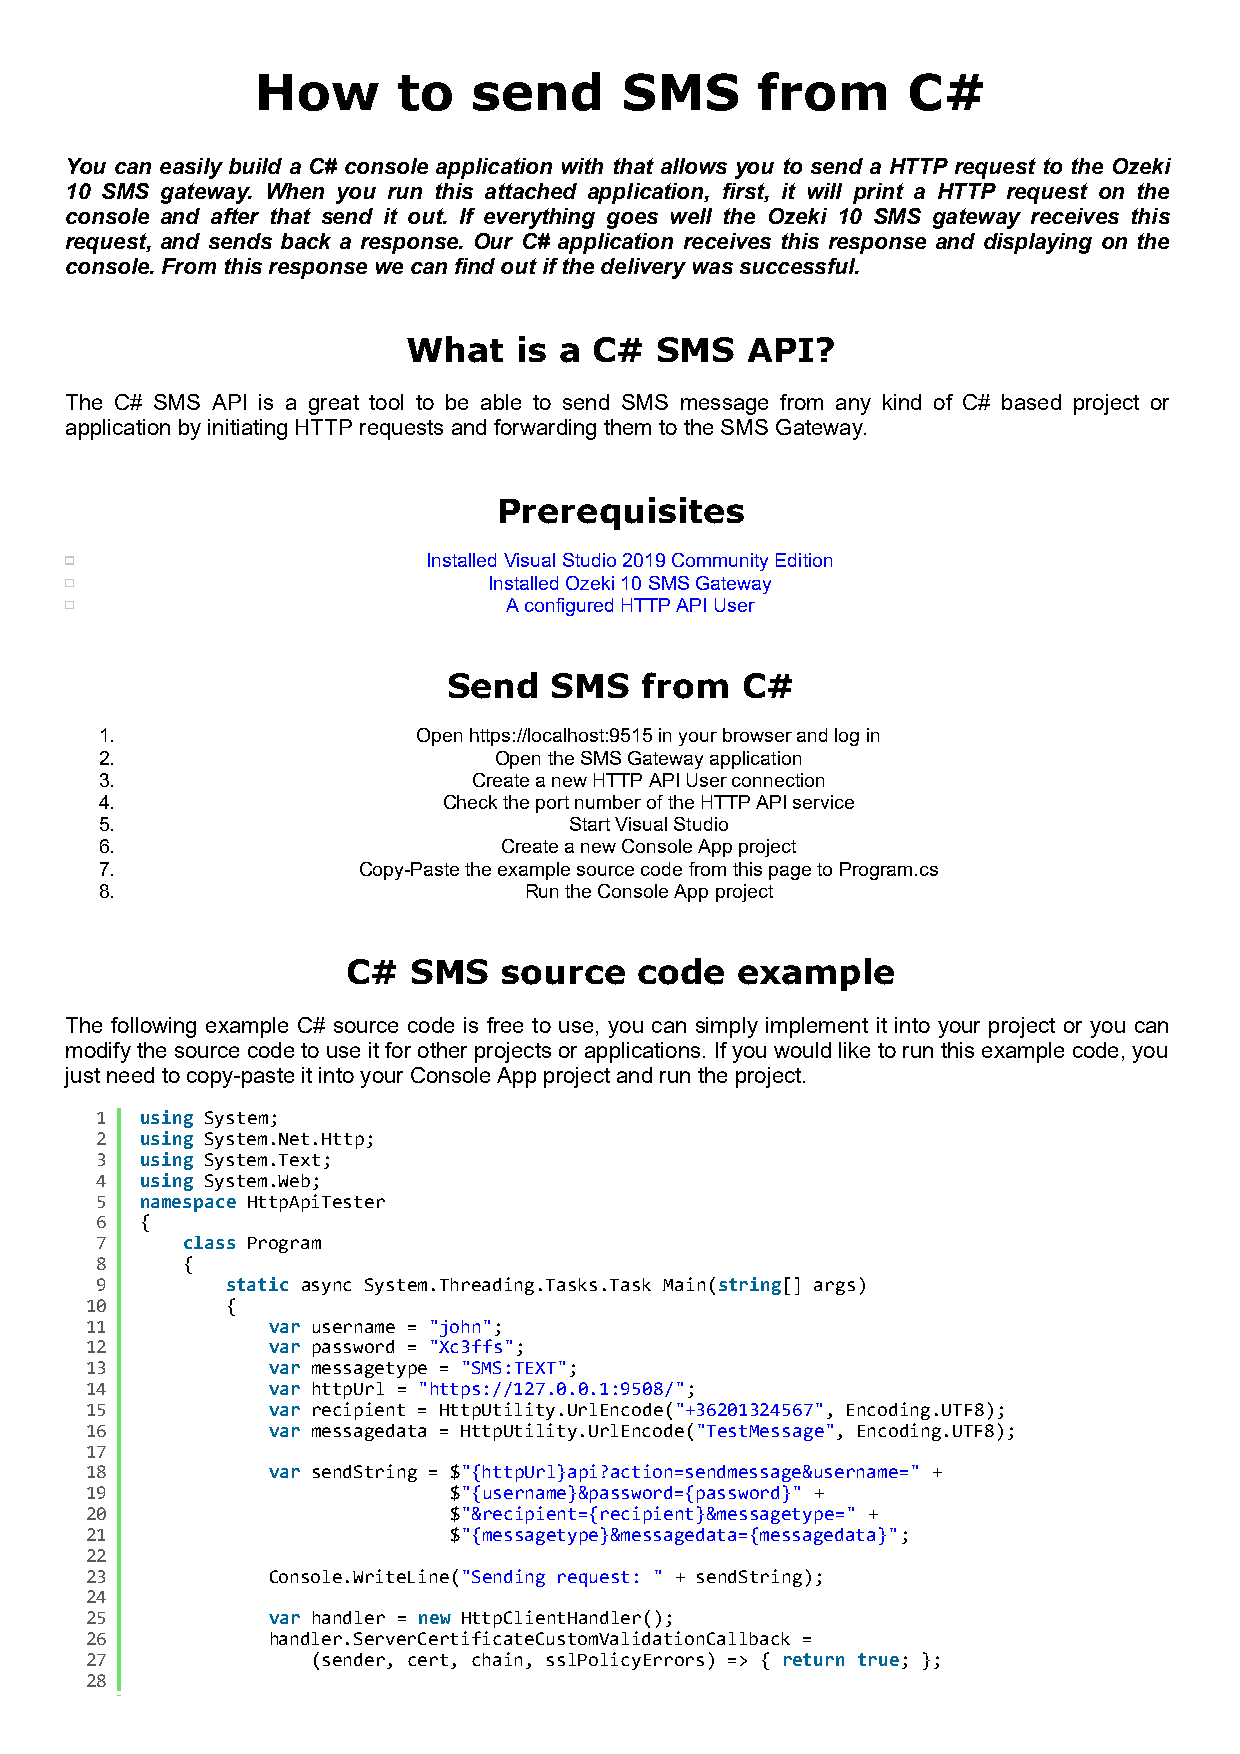
How      to   send      SMS      from      C#
 You can easily build a C# console application with that allows you to send a HTTP request to the Ozeki
 10 SMS gateway. When you run this attached application, first, it will print a HTTP request on the
 console and after that send it out. If everything goes well the Ozeki 10 SMS gateway receives this
 request, and sends back a response. Our C# application receives this response and displaying on the
 console. From this response we can find out if the delivery was successful.
 What   is a C#  SMS   API?
 The C# SMS API is a great tool to be able to send SMS message from any kind of C# based project or
 application by initiating HTTP requests and forwarding them to the SMS Gateway.
 Prerequisites
 Installed Visual Studio 2019 Community Edition
 Installed Ozeki 10 SMS Gateway
 A configured HTTP API User
 Send  SMS   from   C#
 1.                   Open https://localhost:9515 in your browser and log in
 2.                        Open the SMS Gateway application
 3.                      Create a new HTTP API User connection
 4.                    Check the port number of the HTTP API service
 5.                             Start Visual Studio
 6.                        Create a new Console App project
 7.               Copy-Paste the example source code from this page to Program.cs
 8.                          Run the Console App project
 C#  SMS   source   code   example
 The following example C# source code is free to use, you can simply implement it into your project or you can
 modify the source code to use it for other projects or applications. If you would like to run this example code, you
 just need to copy-paste it into your Console App project and run the project.
 1  using System;
 2  using System.Net.Http;
 3  using System.Text;
 4  using System.Web;
 5  namespace HttpApiTester
 6  {
 7     class Program
 8     {
 9        static async System.Threading.Tasks.Task Main(string[] args)
 10       {
 11          var username = "john";
 12          var password = "Xc3ffs";
 13          var messagetype = "SMS:TEXT";
 14          var httpUrl = "https://127.0.0.1:9508/";
 15          var recipient = HttpUtility.UrlEncode("+36201324567", Encoding.UTF8);
 16          var messagedata = HttpUtility.UrlEncode("TestMessage", Encoding.UTF8);
 17
 18          var sendString = $"{httpUrl}api?action=sendmessage&username=" +
 19                      $"{username}&password={password}" +
 20                      $"&recipient={recipient}&messagetype=" +
 21                      $"{messagetype}&messagedata={messagedata}";
 22
 23          Console.WriteLine("Sending request: " + sendString);
 24
 25          var handler = new HttpClientHandler();
 26          handler.ServerCertificateCustomValidationCallback =
 27             (sender, cert, chain, sslPolicyErrors) => { return true; };
 28